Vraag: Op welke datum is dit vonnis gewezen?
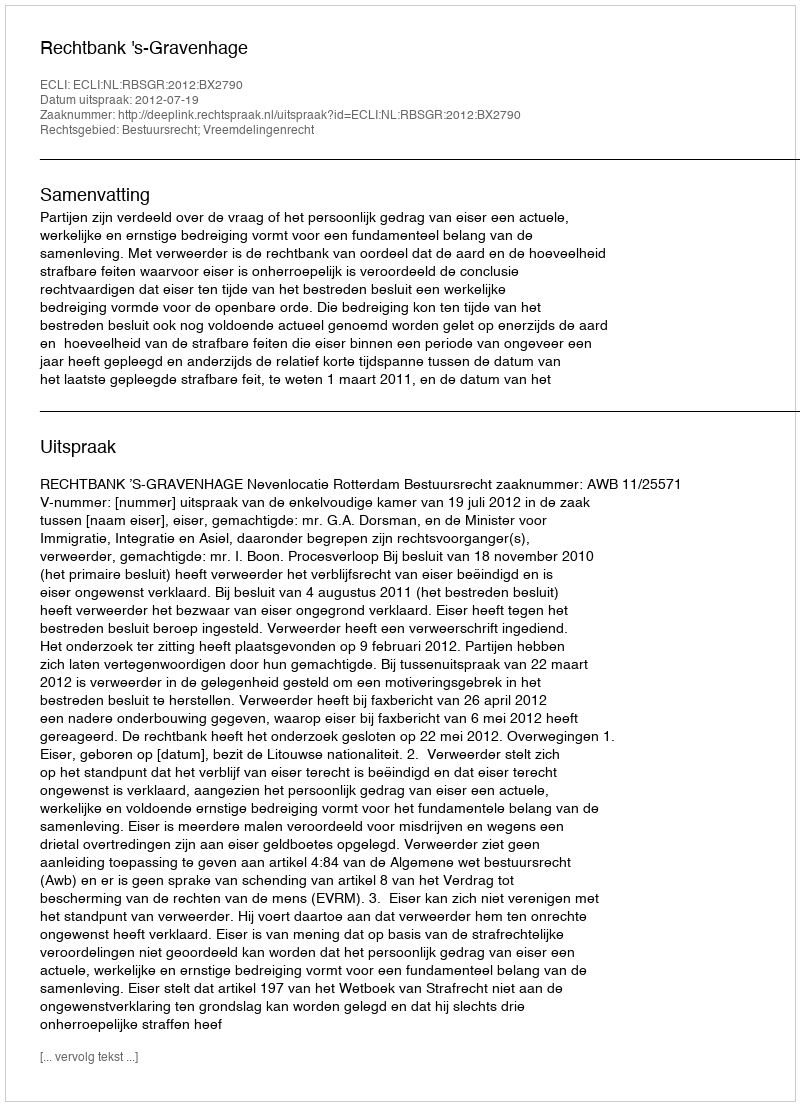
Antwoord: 2012-07-19